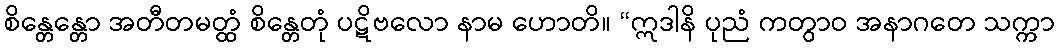
စိန္တေန္တော အတီတမတ္ထံ စိန္တေတုံ ပဋိဗလော နာမ ဟောတိ။ “ဣဒါနိ ပုညံ ကတွာဝ အနာဂတေ သက္ကာ